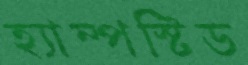
হ্যাম্পস্টিড